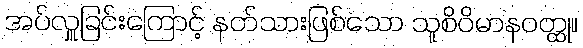
အပ်လှူခြင်းကြောင့် နတ်သားဖြစ်သော သူစိဝိမာနဝတ္ထု။